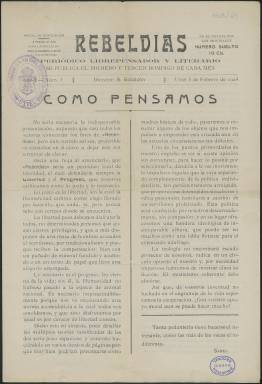
Título: Rebeldías (Utiel)
Colección: Revistas de información general
Ámbito geográfico: Valencia
Lugar de publicación: Utiel [Valencia]
Fechas: 05/02/1928-28/06/1931

Periódico quincenal que Sabel Gabaldón Montés, su director, comenzó a editar el 5 de febrero de 1928 en Utiel tan solo unos días después de la muerte en Francia del gran novelista y político republicano valenciano Vicente Blasco Ibáñez. En su primer número Rebeldías publicó una necrológica dedicada al novelista, cuyo ideario republicano y anticlerical compartía.

    Como el 11 de febrero se conmemoraba la proclamación de la I República de España, en 1873, el periódico animaba a participar ese día en una manifestación en Utiel que acabaría en el cementerio civil, donde se colocarían sendas lápidas en honor de Blasco Ibáñez y del periodista republicano José Nakens, alma del semanario satírico El Motín fallecido hacía poco más de un año.

   La publicación contaba con cuatro páginas y salvo la última, dedicada a anuncios publicitarios mayormente, su contenido lo formaban artículos de fondo de su ideario e información local, aunque a veces se hacía eco de acontecimientos nacionales. Se subtitulaba periódico quincenal librepensador y literario, y efectivamente la literatura también tenía cabida en sus páginas, aunque primaba la difusión de su ideario progresista.

  Muy excepcionalmente había ilustraciones en sus páginas. Una de esas raras ocasiones fue la portada del número publicado el 27 de enero de 1929, con ocasión del aniversario de la muerte de Blasco Ibáñez. En esa ocasión publicó una fotografía a página entera del novelista con un artículo dedicado a su memoria bajo el título: ‘La sombra del maestro’.

   Al nacer durante la dictadura del general Primo de Rivera, el periódico era sometido a censura previa y así lo hacía constar generalmente en sus páginas, aunque no parece que fuera suspendido por el Gobierno en su corta trayectoria, dado que solo duró algo más de tres años.

   En el número del 14 de diciembre de 1930 añadió una página más a su número habitual de cuatro. Fue para incorporar un recuerdo al 58 aniversario de la I República. Dos días antes se había producido la sublevación de Jaca en favor de la República de los capitanes Galán y García Hernández, que serían fusilados. Ese mismo día publicó en su portada una esquela con motivo de la muerte de la joven hermana del director. Del fallecimiento se hizo eco también el diario republicano valenciano El Pueblo, el periódico fundado por Blasco Ibáñez.

  Rebeldías recibió alborozado la proclamación de la II República el 14 de abril de 1931. En el número del día 26 de abril J. García Rigal, colaborador de Sabel Gabaldón, escribía un artículo en portada con el título: ‘Ya tenemos República. Ahora aspiramos al socialismo’.

   Sorprendentemente, fue la proclamación de la República lo que acabó con el periódico, que publicó su último número el 28 de junio de 1931. Un sentimiento de frustración recorre la portada de ese último número.

  El alma de Rebeldías, Sabel Gabaldón, publicó una columna de despedida en la que decía que los políticos profesionales se habían cambiado de traje y explicaba: ‘Tratamos de buscar infatigablemente la honradez política y parece que se haya ocultado avergonzada, por eso Rebeldías quiere encontrar en la quietud del silencio apartamiento a las tentaciones de tantos vicios y defectos como invaden la política actual en nombre de las ideas’.

  Este periódico fue donado a la Biblioteca Nacional de España en marzo de 2022 por Sabel Gabaldón Fraile.

[Descripción publicada el 29/08/2022]